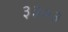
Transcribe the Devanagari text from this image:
३३०३